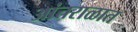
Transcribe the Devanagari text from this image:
आंतराळात